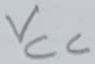
Text: VCC